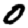
Digit: 0